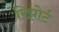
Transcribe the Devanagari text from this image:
रिझोर्ट